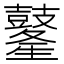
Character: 𪔢